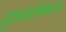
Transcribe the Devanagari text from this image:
दृश्यसंगठन